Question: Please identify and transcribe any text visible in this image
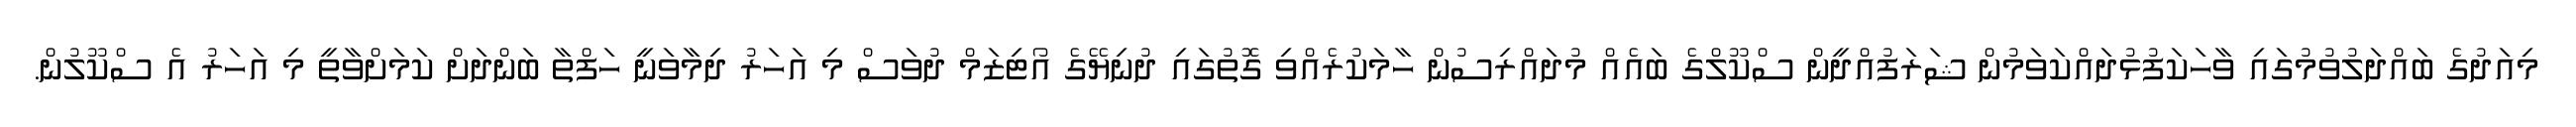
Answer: މިއަދުގެ ބައްދަލުވުމުގައި ވާހަކަފުޅުދައްކަވަމުން ޝަރަފުއްދީން ސްކޫލްގެ ބައެއް މުދައްރިސުން ހާމަކުރެއްވި ގޮތުގައި ދުނިޔޭގެ އޯޓިޒަމް ދުވަސް މި އަހަރު ދިމާވަނީ ހަފްތާ ބަންދަށް ކަމަށްވާތީ މި އަހަރު އެ ސްކޫލުން.